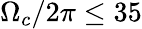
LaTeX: \Omega_{c}/2\pi\leq 35